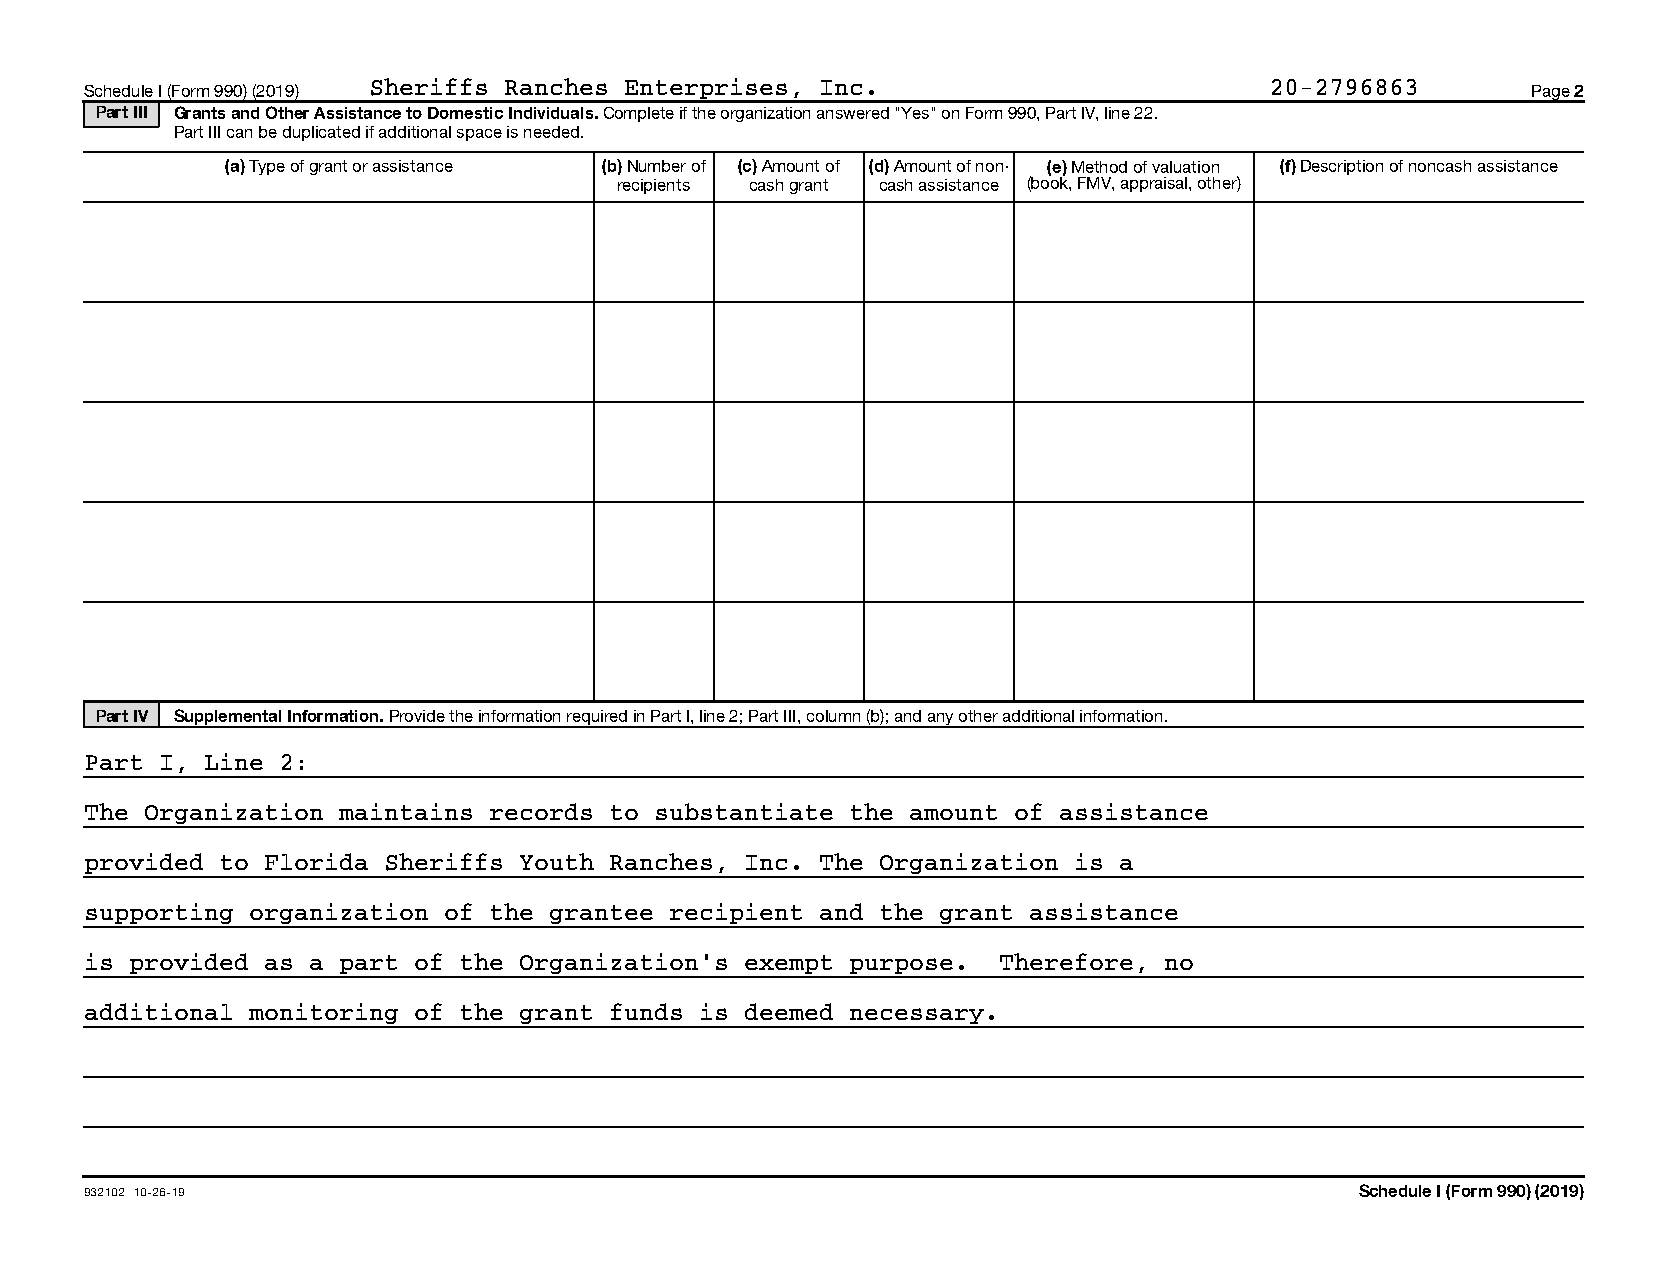
Schedule I (Form 990) (2019) Sheriffs Ranches Enterprises, Inc.               20-2796863       Page 2
 Part III Grants and Other Assistance to Domestic Individuals. Complete if the organization answered "Yes" on Form 990, Part IV, line 22.
 Part III can be duplicated if additional space is needed.
 (a) Type of grant or assistance (b) Number of (c) Amount of (d) Amount of non- (e) Method of valuation (f) Description of noncash assistance
 recipients cash grant cash assistance (book, FMV, appraisal, other)
 Part IV Supplemental Information. Provide the information required in Part I, line 2; Part III, column (b); and any other additional information.
 Part I, Line 2:
 The Organization maintains records to substantiate the amount of assistance
 provided to Florida Sheriffs Youth Ranches, Inc. The Organization is a
 supporting organization of the grantee recipient and the grant assistance
 is provided as a part of the Organization’s exempt purpose. Therefore, no
 additional monitoring of the grant funds is deemed necessary.
 932102 10-26-19                                                                     Schedule I (Form 990) (2019)